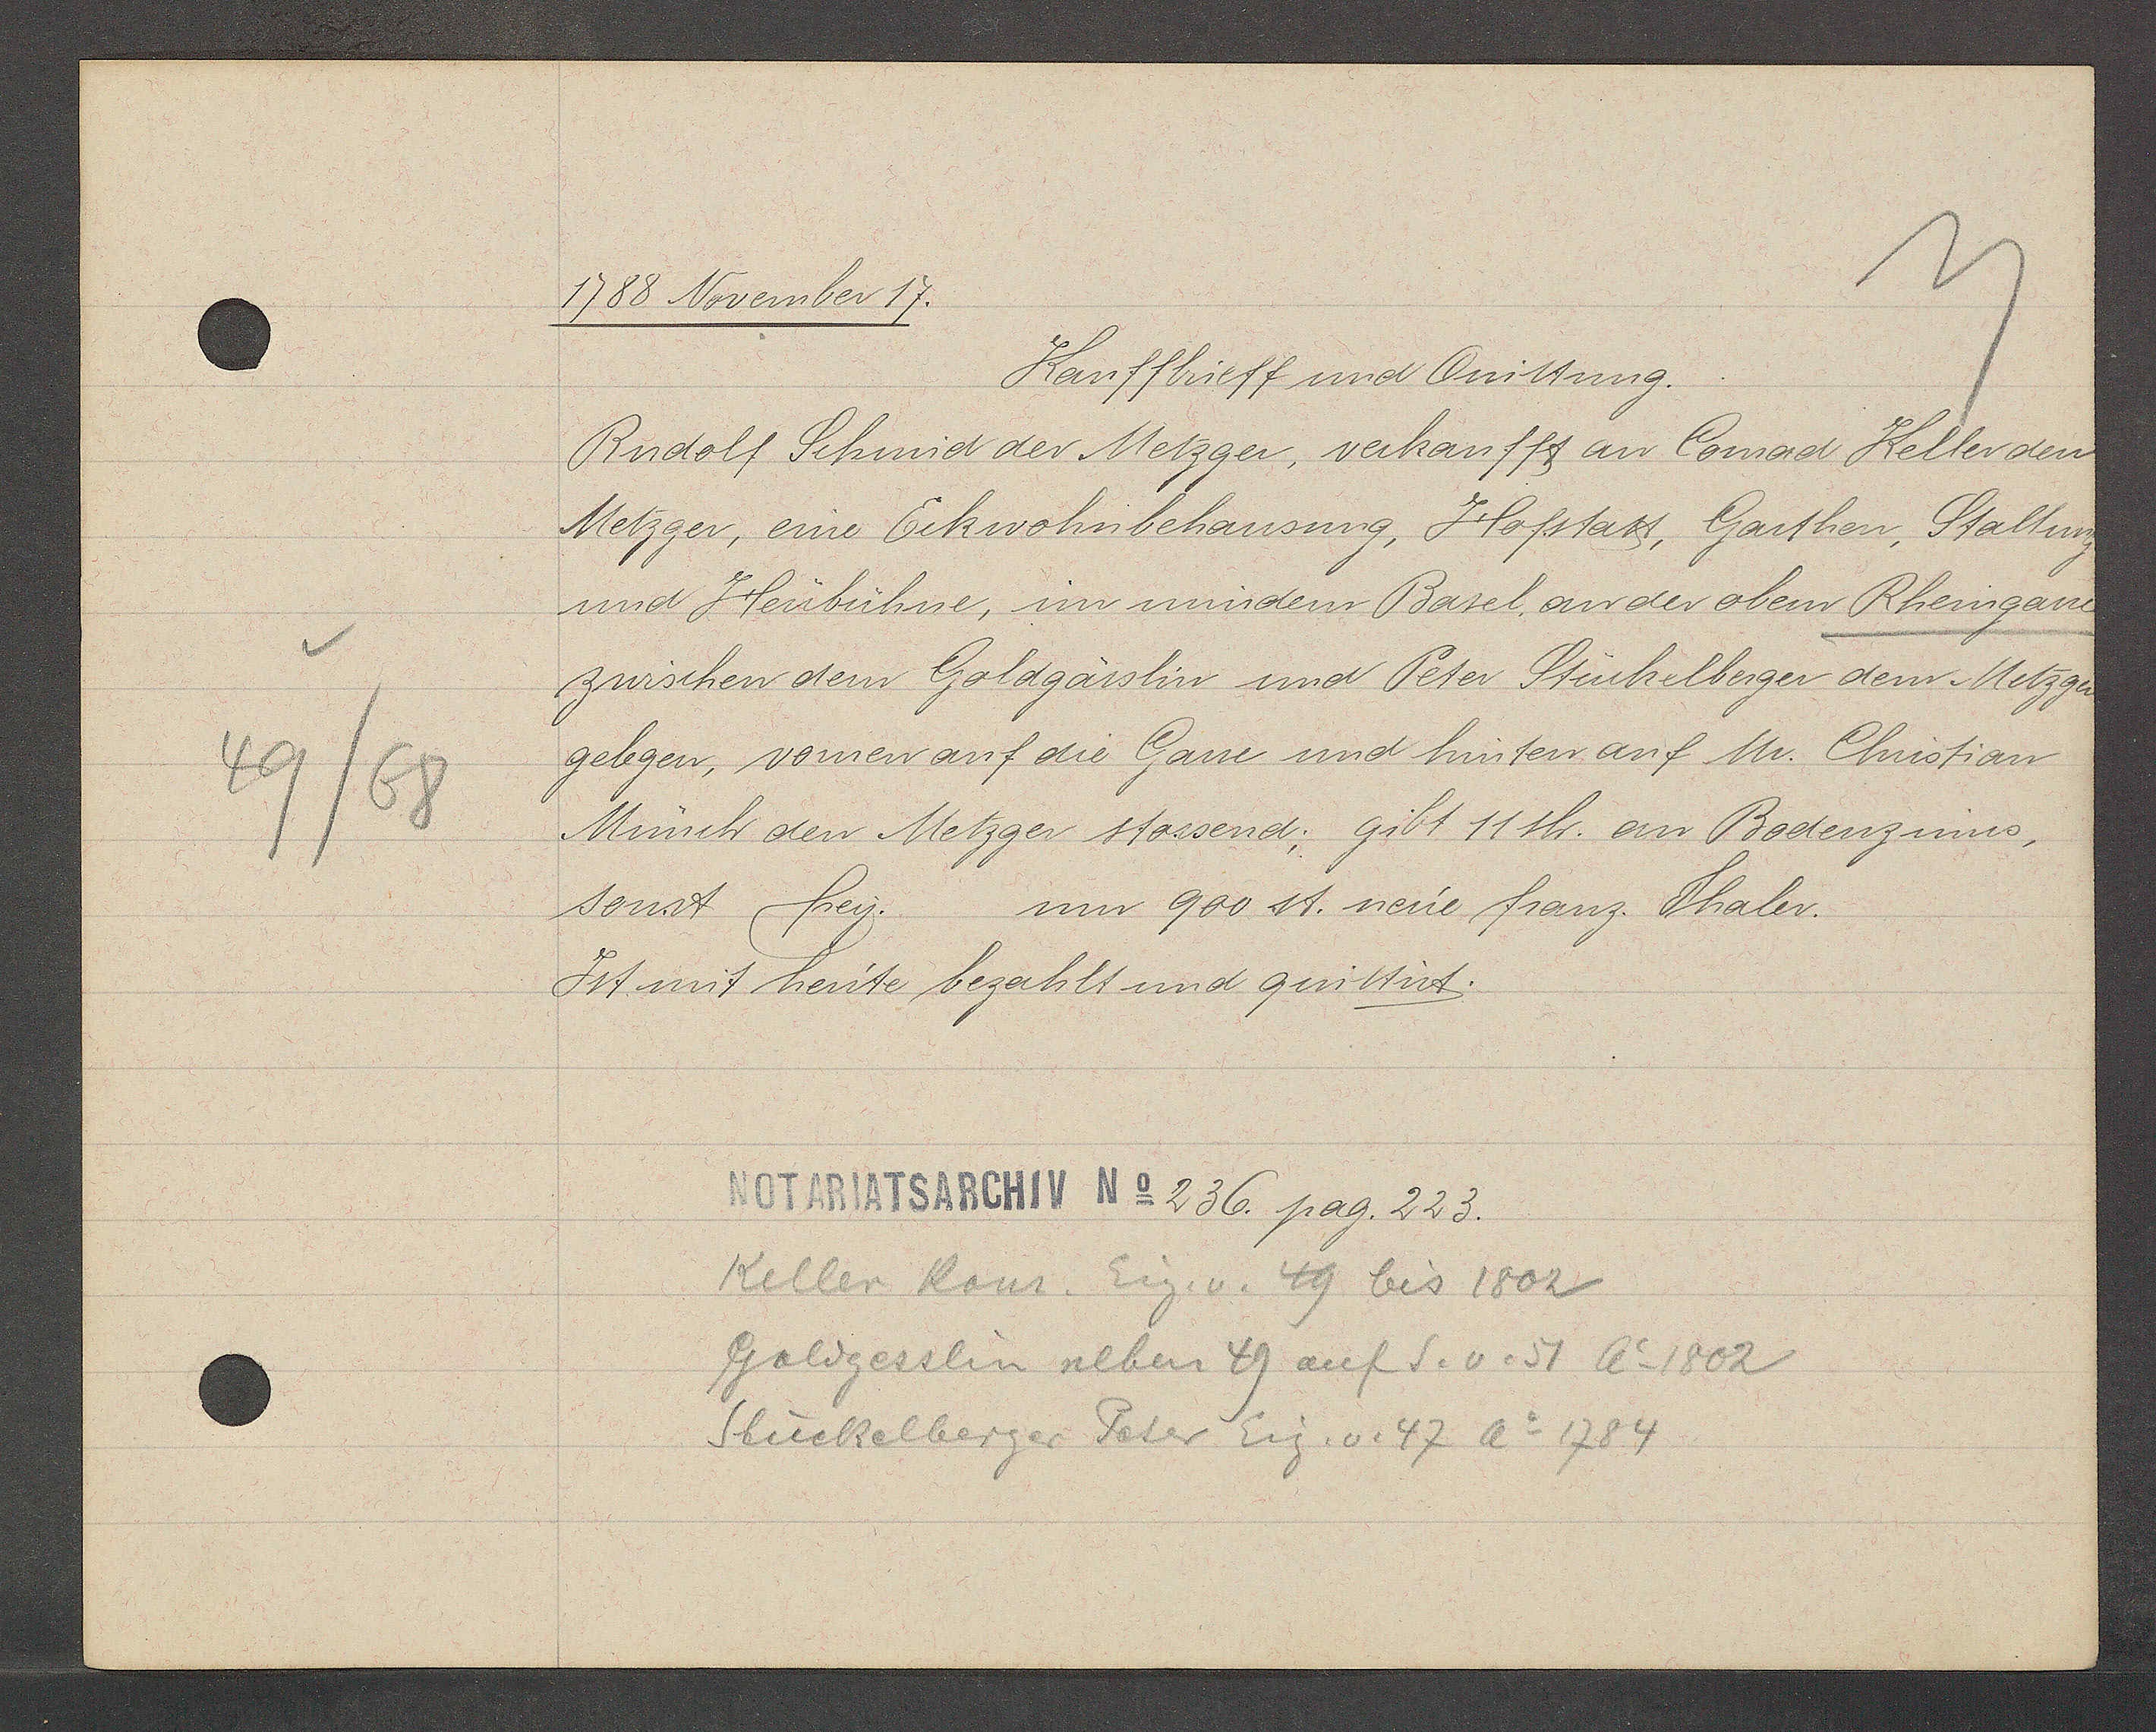
Transcript:
49/68

1788 November 17.

Kauffbrieff und Quittung.
Rudolf Schmid der Metzger, verkaufft an Conrad Keller den
Metzger, eine Eckwohnbehausung, Hofstatt, Garthen, Staltung
und Heubühne, im mindern Basel, an der obern Rheingasse
zwischen dem Goldgässlin und Peter Stückelberger dem Metzger
gelegen, vomen auf die Gasse und hinten auf Mr. Christian
Münch den Metzger stossend; gibt 11 sh. an Bodenzinns,
sonst frey. um 900 st. neue franz. Thaler.
Ist mit heute bezahlt und quittirt.

Notariatsarchiv No 236 pag. 223.

Keller Konr. Eig. v. 49 bis 1802
Goldgesslin neben 49 auf S. v. 51 Ao 1802
Stückelberger Peter Eig. v. 47 Ao 1784